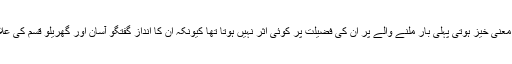
ان کی گفتگو بالکل سادہ اور معنی خیز ہوتی پہلی بار ملنے والے پر ان کی فضیلت پر کوئی اثر نہیں ہوتا تھا کیونکہ ان کا انداز گفتگو آسان اور گھریلو قسم کی علاقائی زبانوں کا آئینہ دار تھا۔